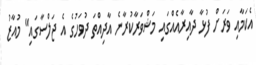
އެކަމާއި ވަރަށް ފުޅާ ދާއިރާއެއްގައި މަޝްވަރާކުރާނެ އާދިއްތަ ދުވަހުގެ އެ ޖަލްސާގައި" މުއާޒު